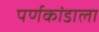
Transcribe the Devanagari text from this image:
पर्णकांडाला